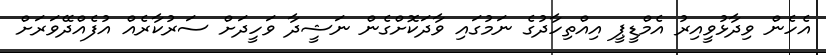
އެހެން ވިދާޅުވީއިރު އެމްޑީޕީ އިއްތިހާދުގެ ނަމުގައި ވާދަކޮށްގެން ނަޝީދާ ވަހީދަށް ސަރުކާރެއް އުފެއްދޭވަރަށް